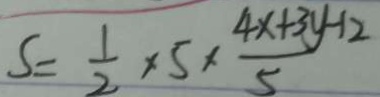
S = \frac { 1 } { 2 } \times 5 \times \frac { 4 x + 3 y - 1 2 } { 5 }